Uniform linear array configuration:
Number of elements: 32
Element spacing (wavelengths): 0.75
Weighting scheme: binomial
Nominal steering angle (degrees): -30
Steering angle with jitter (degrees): -29.426
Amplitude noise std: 0.05
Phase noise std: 0.05

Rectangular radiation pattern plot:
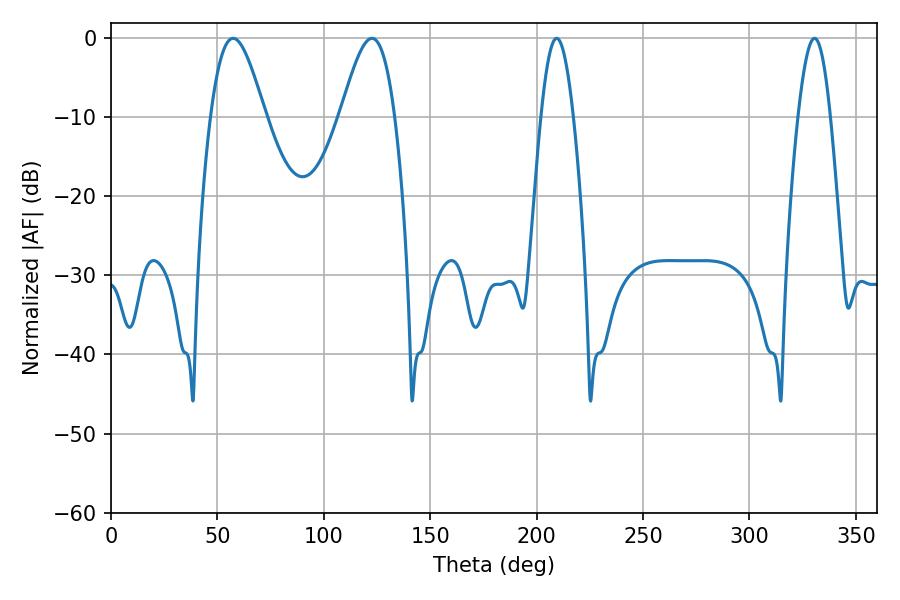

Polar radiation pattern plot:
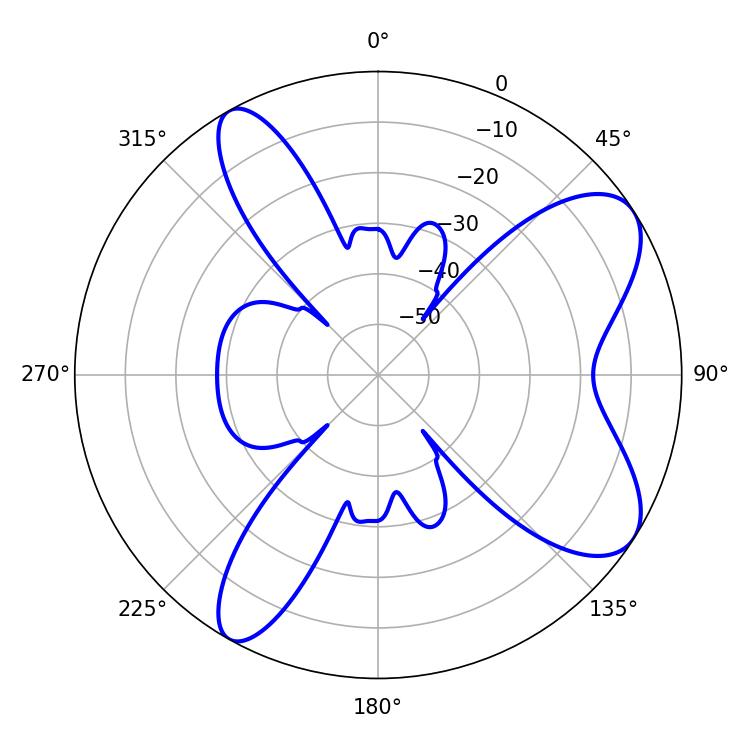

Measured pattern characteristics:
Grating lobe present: TRUE
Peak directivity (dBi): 8.196
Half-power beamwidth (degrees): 13.5
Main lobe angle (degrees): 57.42